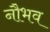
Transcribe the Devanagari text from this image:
नौभव